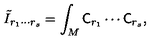
\tilde { I } _ { r _ { 1 } \cdots r _ { s } } = \int _ { M } { \sf C } _ { r _ { 1 } } \cdots { \sf C } _ { r _ { s } } ,